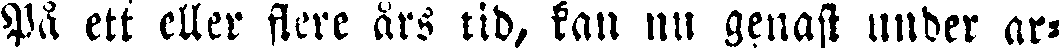
På ett eller flere års tid, kan nu genast under ar-